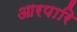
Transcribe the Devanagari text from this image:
आरपारि